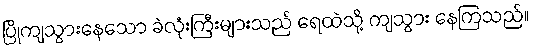
ပြိုကျသွားနေသော ခဲလုံးကြီးများသည် ရေထဲသို့ ကျသွား နေကြသည်။